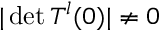
\vert \operatorname* { d e t } T ^ { l } ( 0 ) \vert \neq 0